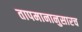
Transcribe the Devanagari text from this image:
तापमानानुसारच